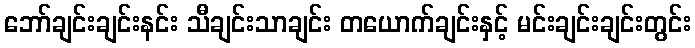
ဘော်ချင်းချင်းနင်း သီချင်းသာချင်း တယောက်ချင်းနှင့် မင်းချင်းချင်းတွင်း